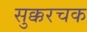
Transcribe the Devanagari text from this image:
सुक्करचक